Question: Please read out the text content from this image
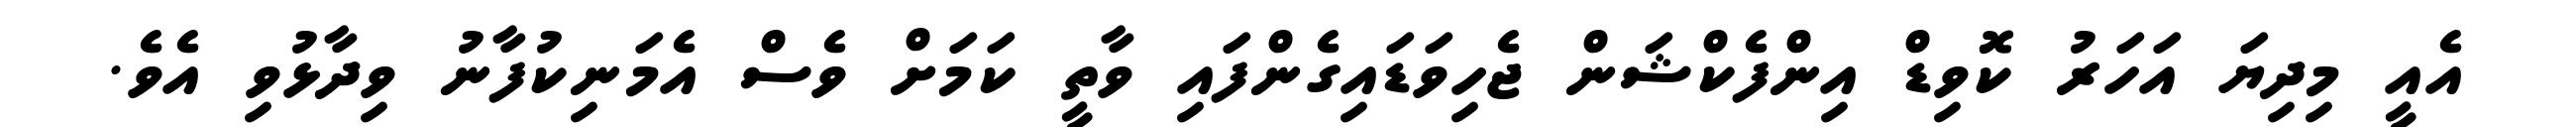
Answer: އެއީ މިދިޔަ އަހަރު ކޮވިޑް އިންފެކްޝަން ޖެހިވަޑައިގެންފައި ވާތީ ކަމަށް ވެސް އެމަނިކުފާނު ވިދާޅުވި އެވެ.